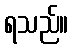
ရသည်။